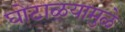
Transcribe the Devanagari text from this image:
घोटाळ्यामुळे